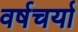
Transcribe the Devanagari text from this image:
वर्षचर्या